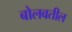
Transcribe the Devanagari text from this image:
बोलवतील